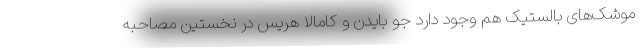
موشک‌های بالستیک هم وجود دارد جو بایدن و کامالا هریس در نخستین مصاحبه